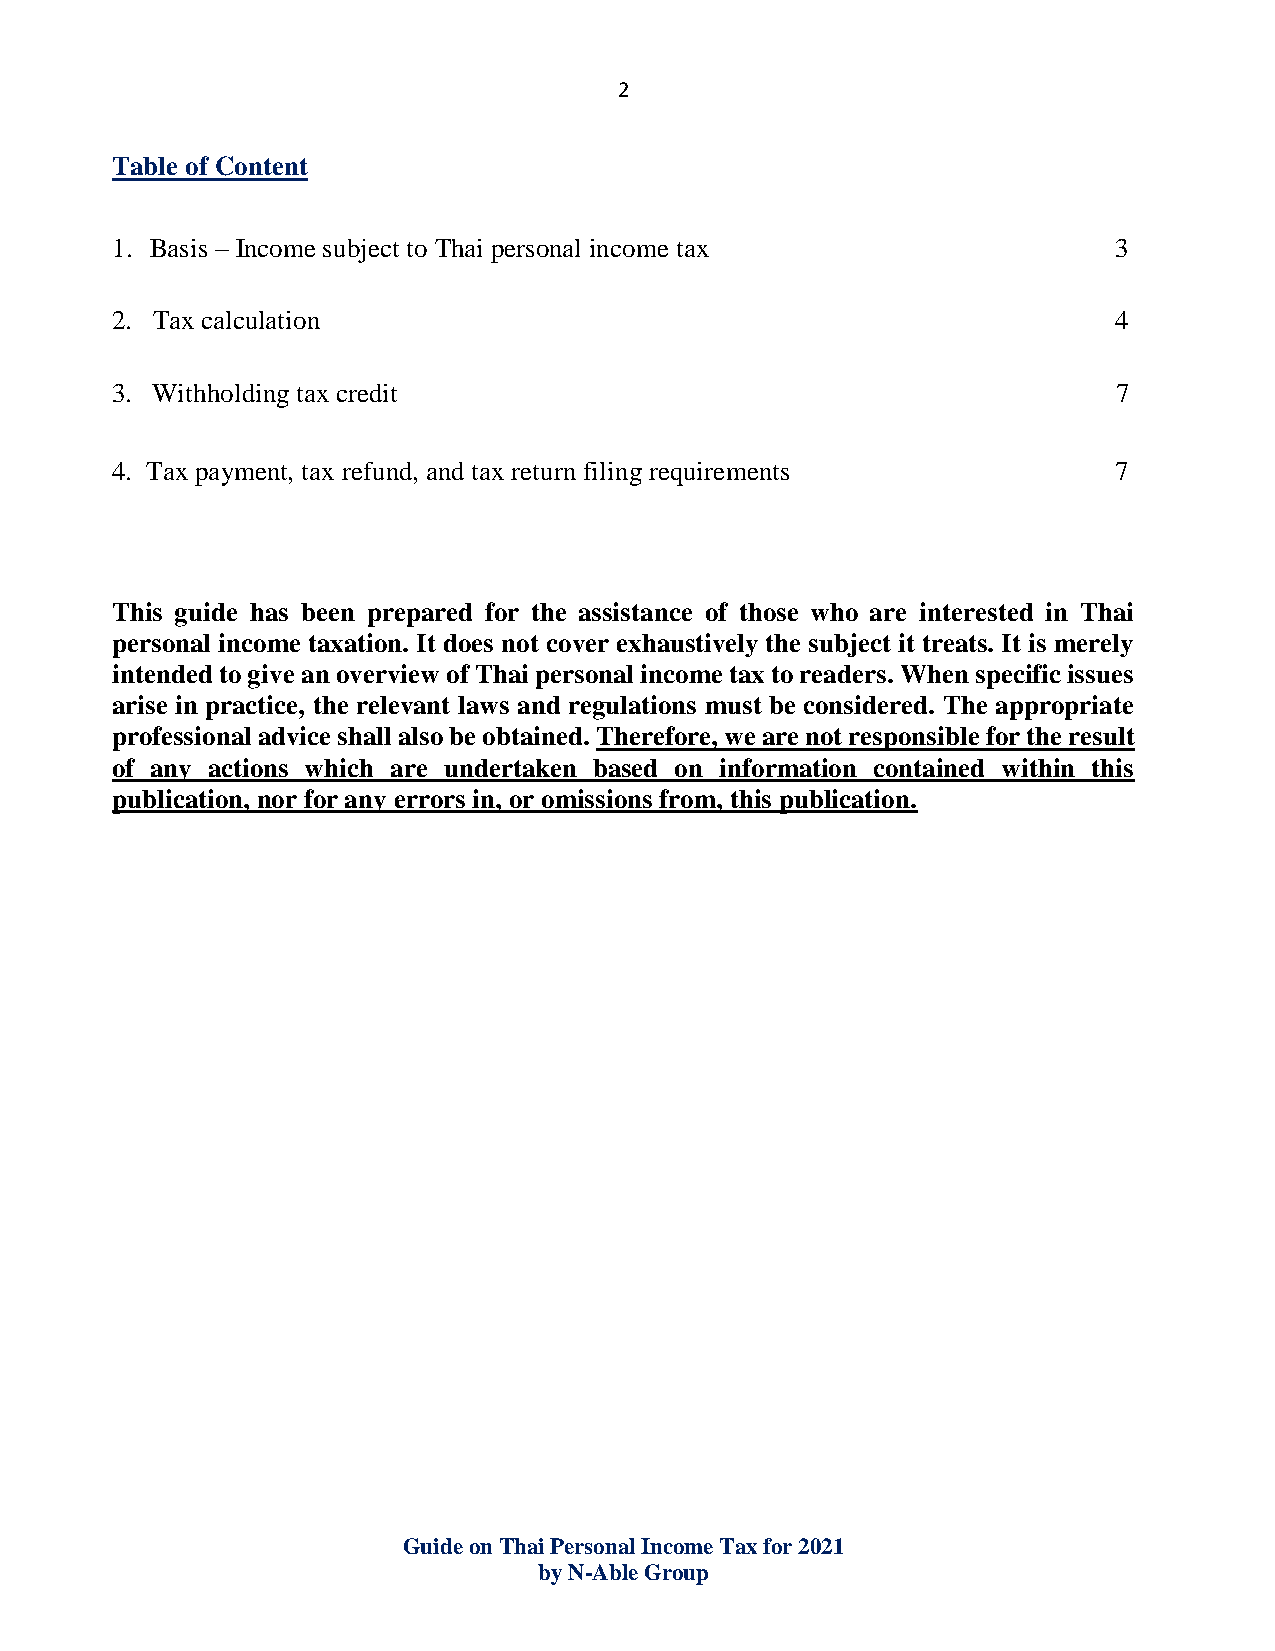
2
 Table of Content
 1. Basis – Income subject to Thai personal income tax              3
 2. Tax calculation                                                 4
 3. Withholding tax credit                                          7
 4. Tax payment, tax refund, and tax return filing requirements     7
 This guide has been prepared for the assistance of those who are interested in Thai
 personal income taxation. It does not cover exhaustively the subject it treats. It is merely
 intended to give an overview of Thai personal income tax to readers. When specific issues
 arise in practice, the relevant laws and regulations must be considered. The appropriate
 professional advice shall also be obtained. Therefore, we are not responsible for the result
 of any actions which are undertaken based on information contained within this
 publication, nor for any errors in, or omissions from, this publication.
 Guide on Thai Personal Income Tax for 2021
 by N-Able Group